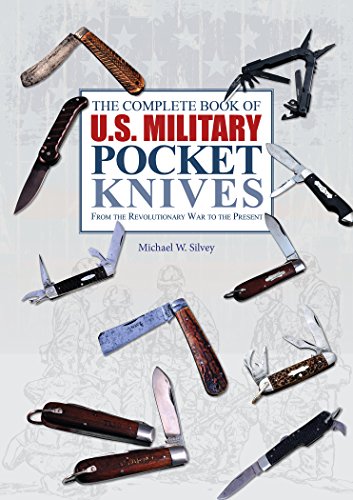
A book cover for The Complete Book of U.S. Military Pocket Knives: From the Revolutionary War to the Present; Michael W. Silvey; Crafts, Hobbies & Home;